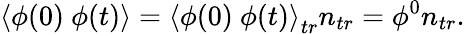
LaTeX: \left\langle\phi(0)~\phi(t)\right\rangle=\left\langle\phi(0)~\phi(t)\right\rangle_{tr}n_{tr}=\phi^{0}n_{tr}.